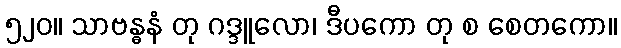
၅၂၀။ သာဗန္ဓနံ တု ဂဒ္ဒူလော၊ ဒီပကော တု စ စေတကော။